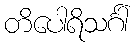
တိပေါရိသင်္ဂါ